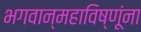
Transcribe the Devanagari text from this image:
भगवान्महाविष्णूंना